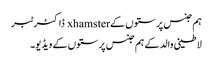
ہم جنس پرستوں کے xhamster ڈاکٹر ٹبر
لاطینی والد کے ہم جنس پرستوں کے ویڈیو۔